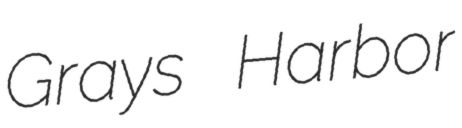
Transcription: Grays Harbor